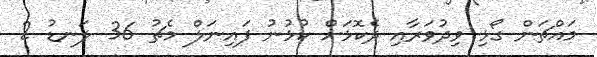
މައްޗަން ގޯޅި ވިދުވަރާއި ދެކޮޅަށް ކުޅުނު ފައިނަލް މެޗު 36 ލަނޑު 2